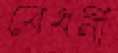
বেধনী